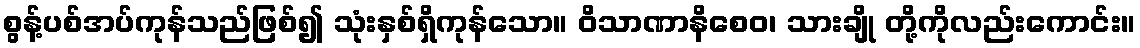
စွန့်ပစ်အပ်ကုန်သည်ဖြစ်၍ သုံးနှစ်ရှိကုန်သော။ ဝိသာဏာနိစေဝ၊ သားချို တို့ကိုလည်းကောင်း။